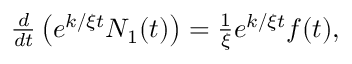
\begin{array} { r } { \frac { d } { d t } \left( e ^ { k / \xi t } N _ { 1 } ( t ) \right) = \frac { 1 } { \xi } e ^ { k / \xi t } f ( t ) , } \end{array}